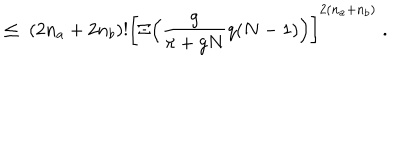
LaTeX: \leq \; ( 2 n _ { a } + 2 n _ { b } ) ! \bigg [ \Xi \Big ( \frac { g } { \pi + g N } q ( N - 1 ) \Big ) \bigg ] ^ { 2 ( n _ { a } + n _ { b } ) } \; .